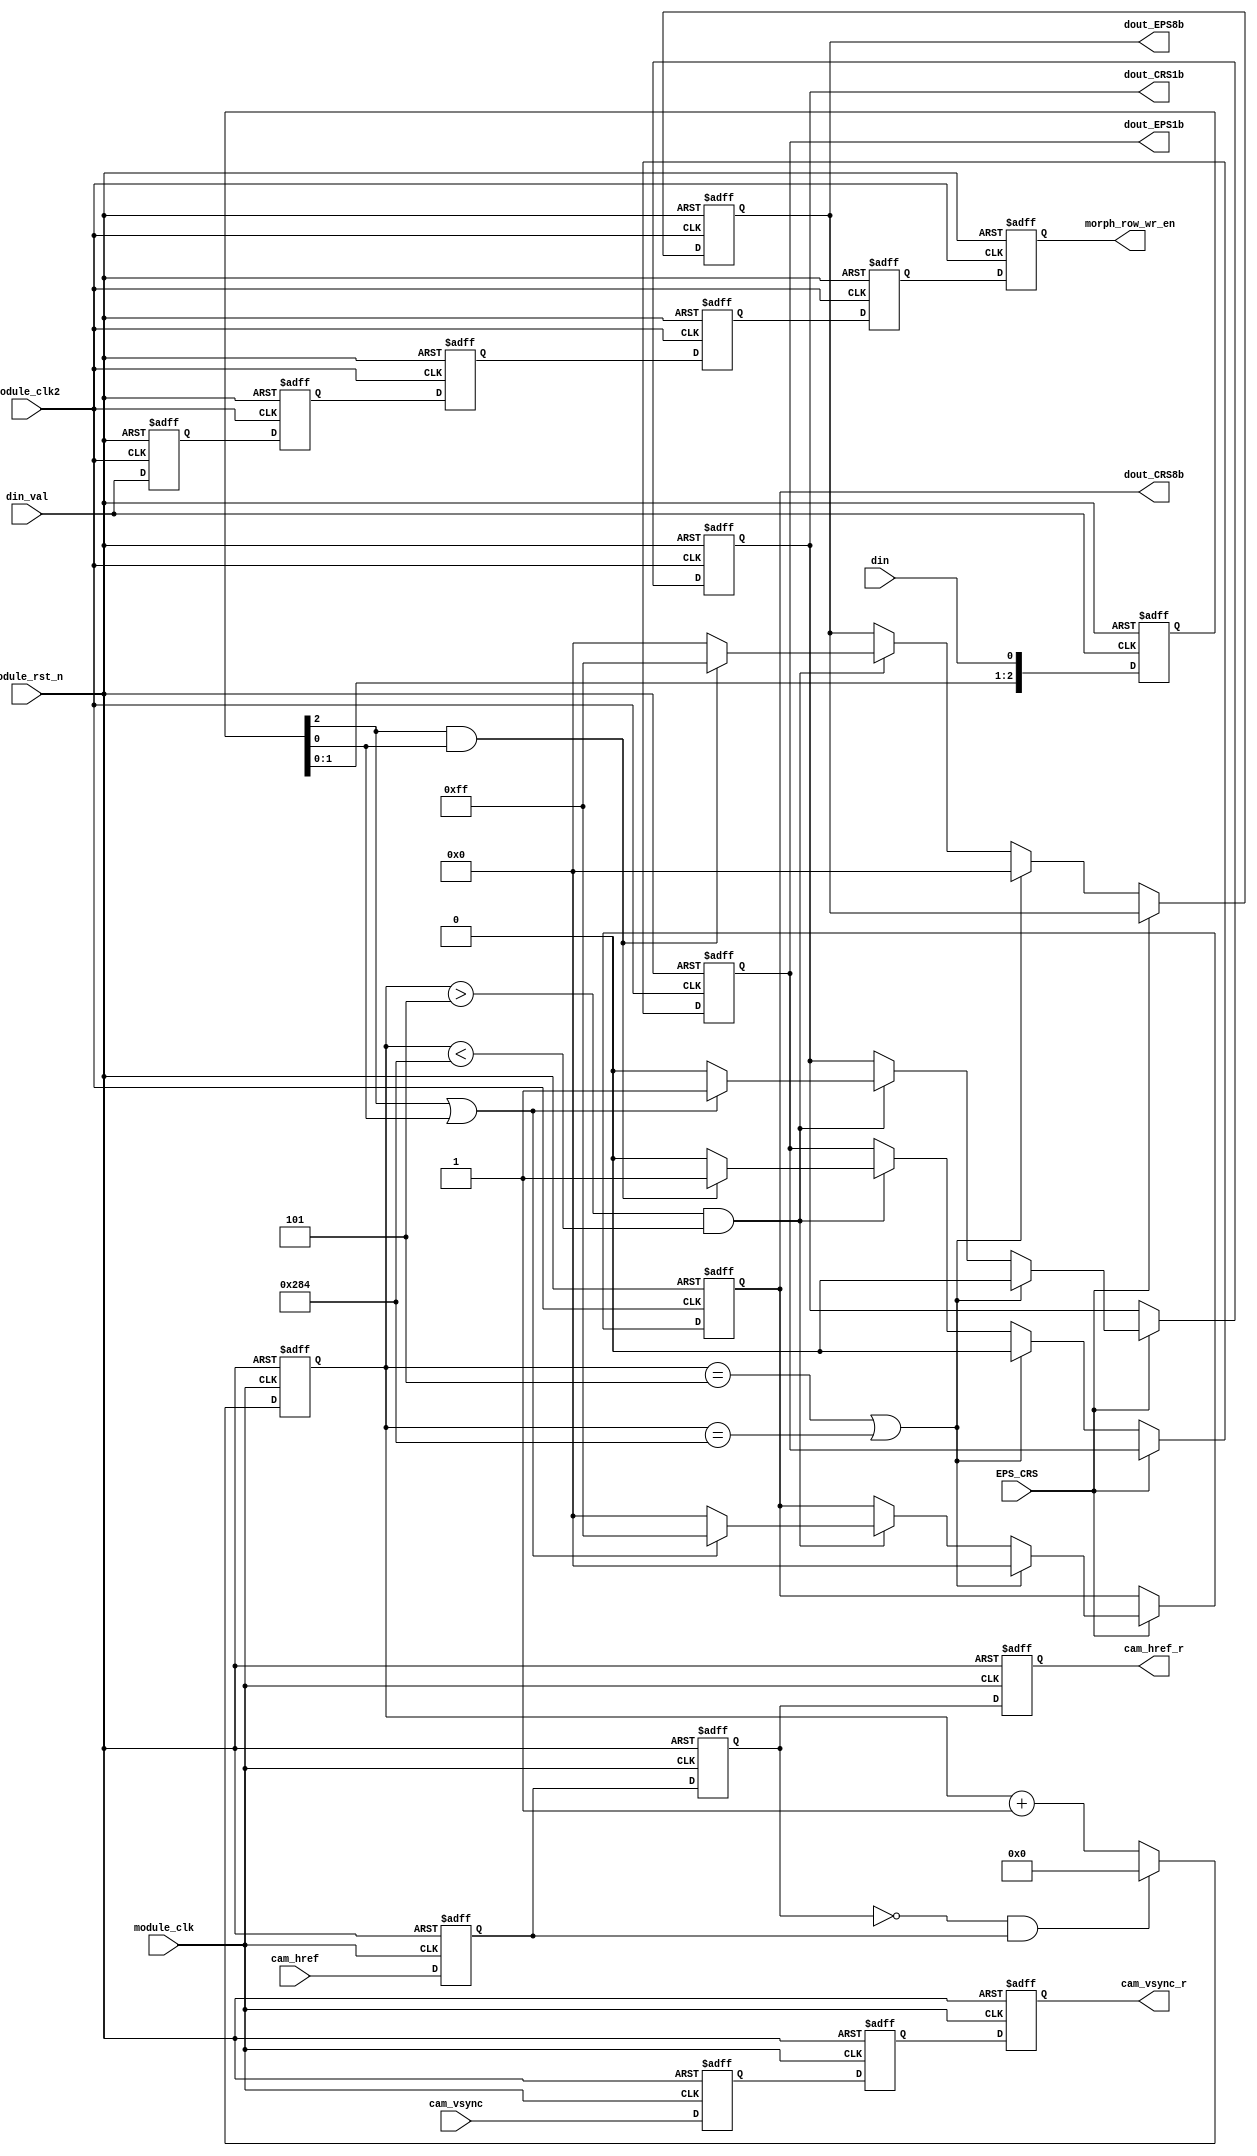
module morph_row (

    input   module_clk                  ,           //
    input   module_clk2                 ,           //
    input   cam_href                    ,           //
    input   cam_vsync                   ,           //
    input   module_rst_n                ,           //
    
    input   EPS_CRS                     ,           //1 0 
    input   din_val                     ,           //
    input   din                         ,           //a    

    output  reg        morph_row_wr_en    ,         //SDRAM
    output  reg             cam_href_r    ,         //SDRAM
    output  reg             cam_vsync_r   ,         //SDRAM
    output  reg [7:0]       dout_EPS8b    ,         //8
    output  reg [7:0]       dout_CRS8b    ,         //8
    
    output  reg             dout_EPS1b    ,         //1
    output  reg             dout_CRS1b              //1
 
    );

wire          cnt_rst               ;        //cnt
    
reg  [11:0]   cnt                   ;        //   
reg  [2:0]    data_3                ;        //3

//***********************//

reg           morph_row_wr_en0       ;
reg           morph_row_wr_en1       ;
reg           morph_row_wr_en2       ;
reg           morph_row_wr_en3       ;
reg           morph_row_wr_en4       ;

//***********************//

//*************************//

reg           cam_href_r0         ;
reg           cam_href_r1         ;
reg           cam_href_r2         ;
reg           cam_href_r3         ;

//***********************//

//*************************//

reg           cam_vsync_r0         ;
reg           cam_vsync_r1         ;
reg           cam_vsync_r2         ;
reg           cam_vsync_r3         ;

//***********************//

//cam_hrefcnt
assign cnt_rst = (~cam_href_r1) & (cam_href_r0)    ;

//
always @(posedge module_clk or negedge module_rst_n) begin
    if(!module_rst_n) begin
        cam_href_r0 <= 1'b0    ;
        cam_href_r1 <= 1'b0    ;
        cam_href_r  <= 1'b0    ;
    end
    
    else begin
        cam_href_r0 <= cam_href     ;
        cam_href_r1 <= cam_href_r0  ; 
        cam_href_r  <= cam_href_r1  ; 
        
    end
end

//
always @(posedge module_clk or negedge module_rst_n) begin
    if(!module_rst_n) begin
        cam_vsync_r0 <= 1'b0    ;
        cam_vsync_r1 <= 1'b0    ;
        cam_vsync_r  <= 1'b0    ;
    end
    
    else begin
        cam_vsync_r0 <= cam_vsync     ;
        cam_vsync_r1 <= cam_vsync_r0  ; 
        cam_vsync_r  <= cam_vsync_r1  ; 
        
    end
end
//
always @(posedge module_clk or negedge module_rst_n) begin
    if( !module_rst_n ) begin
        cnt <= 12'd0    ;
    end      
    else if( cnt_rst == 1 )
        cnt <= 0    ;       
    else 
        cnt <= cnt + 12'd1   ;  
end 

//
always @(posedge din_val or negedge module_rst_n) begin
    if( !module_rst_n ) 
        data_3 <= 3'b0    ;
        
    else
        data_3 <= { data_3[1:0] , din }    ;                  
end    

//
always @(posedge module_clk2 or negedge module_rst_n) begin
    if( !module_rst_n ) begin
        dout_EPS8b <= 8'd0    ;
        dout_CRS8b <= 8'd0    ;
        dout_EPS1b <= 1'd0    ;
        dout_CRS1b <= 1'd0    ;
    end
    
    else if( EPS_CRS == 1) begin            //
        if((cnt == 5 || cnt == 644)) begin
            dout_CRS8b <= 8'd0     ;
            dout_CRS1b <= 1'd0     ;           
        end   
        else if(cnt >5 && cnt < 644) begin
            dout_CRS8b <= (( data_3[2] & 1'b1 ) | ( data_3[0] & 1'b1 ) ) ? 8'd255 : 8'd0    ;   
            dout_CRS1b <= (( data_3[2] & 1'b1 ) | ( data_3[0] & 1'b1 ) ) ? 1'd1   : 1'd0    ;    
        end 
    end
    else if( EPS_CRS == 0 ) begin           //
        if((cnt == 5 || cnt == 644)) begin
            dout_EPS8b <= 8'd0   ;
            dout_EPS1b <= 1'd0   ;
        end    
        else if(cnt >5 && cnt < 644) begin
            dout_EPS8b <= (( data_3[2] & 1'b1 ) & ( data_3[0] & 1'b1 ) ) ? 8'd255 : 8'd0    ;    
            dout_EPS1b <= (( data_3[2] & 1'b1 ) & ( data_3[0] & 1'b1 ) ) ? 1'd1   : 1'd0    ;    
        end
    end 
end
//
always @(posedge module_clk2 or negedge module_rst_n) begin
    if(!module_rst_n) begin
        morph_row_wr_en  <= 1'b0    ;
        morph_row_wr_en0 <= 1'b0    ;
        morph_row_wr_en1 <= 1'b0    ;
        morph_row_wr_en2 <= 1'b0    ;
        morph_row_wr_en3 <= 1'b0    ;
        morph_row_wr_en4 <= 1'b0    ;
    end
    
    else begin
        morph_row_wr_en0 <= din_val             ;  
        morph_row_wr_en1 <= morph_row_wr_en0    ;
        morph_row_wr_en2 <= morph_row_wr_en1    ;
        morph_row_wr_en3 <= morph_row_wr_en2    ;
        morph_row_wr_en4 <= morph_row_wr_en3    ;
        morph_row_wr_en  <= morph_row_wr_en4    ;
    end
end


endmodule